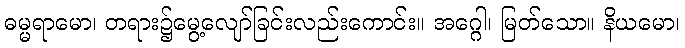
ဓမ္မရာမော၊ တရား၌မွေ့လျော်ခြင်းလည်းကောင်း။ အဂ္ဂေါ၊ မြတ်သော။ နိယမော၊